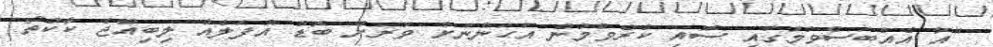
"އާ އެއްބަސްވުމުގައި ސޮއި ކުރެވުމުން އަހަންނަށް ވަރަށް ބޮޑު އުފަލެއް ލިބިއްޖެ ކާކުތޯ